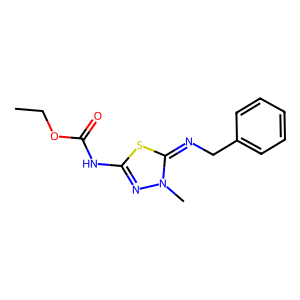
SMILES: CCOC(=O)Nc1nn(C)c(=NCc2ccccc2)s1
Inhibits HIV replication: No